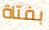
بفتاة